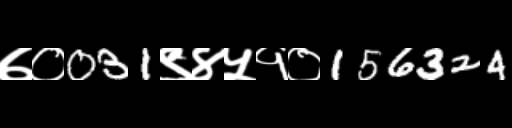
Text: ७०031९४५१०156324